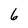
Character: 6